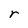
Character: r